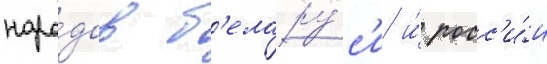
наро́дов б'елару́с'и и́ росс'и́и